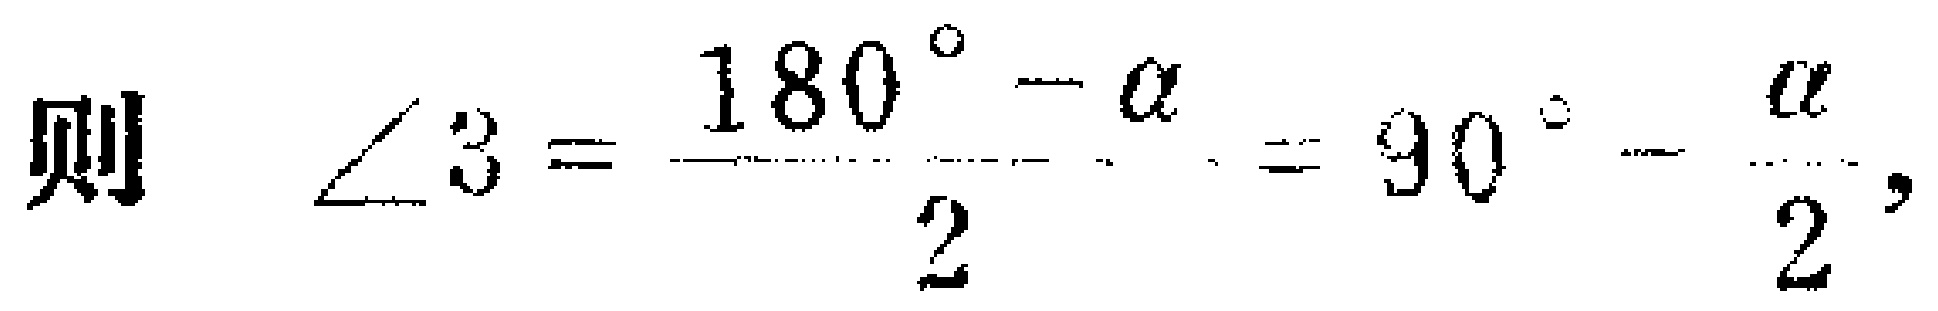
则 \(\angle 3 = \frac{180^{\circ}-\alpha}{2}=90^{\circ}-\frac{\alpha}{2},\)